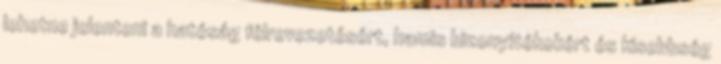
lehetne jelenteni a hatóság félrevezetésért, hamis bizonyítékokért és kisebbség